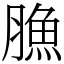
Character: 䐳